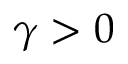
\gamma > 0